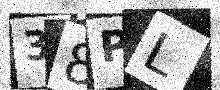
Text: 38PL